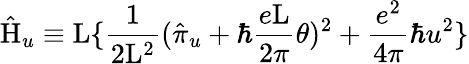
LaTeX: \hat{\mathrm{H}}_{u}\equiv\mathrm{L}\{ \frac{1}{2\mathrm{L}^{2}}(\hat{\pi}_{u}+\hbar\frac{e\mathrm{L}}{2\pi}\theta)^{2}+\frac{e^{2}}{4\pi}\hbar u^{2}\}